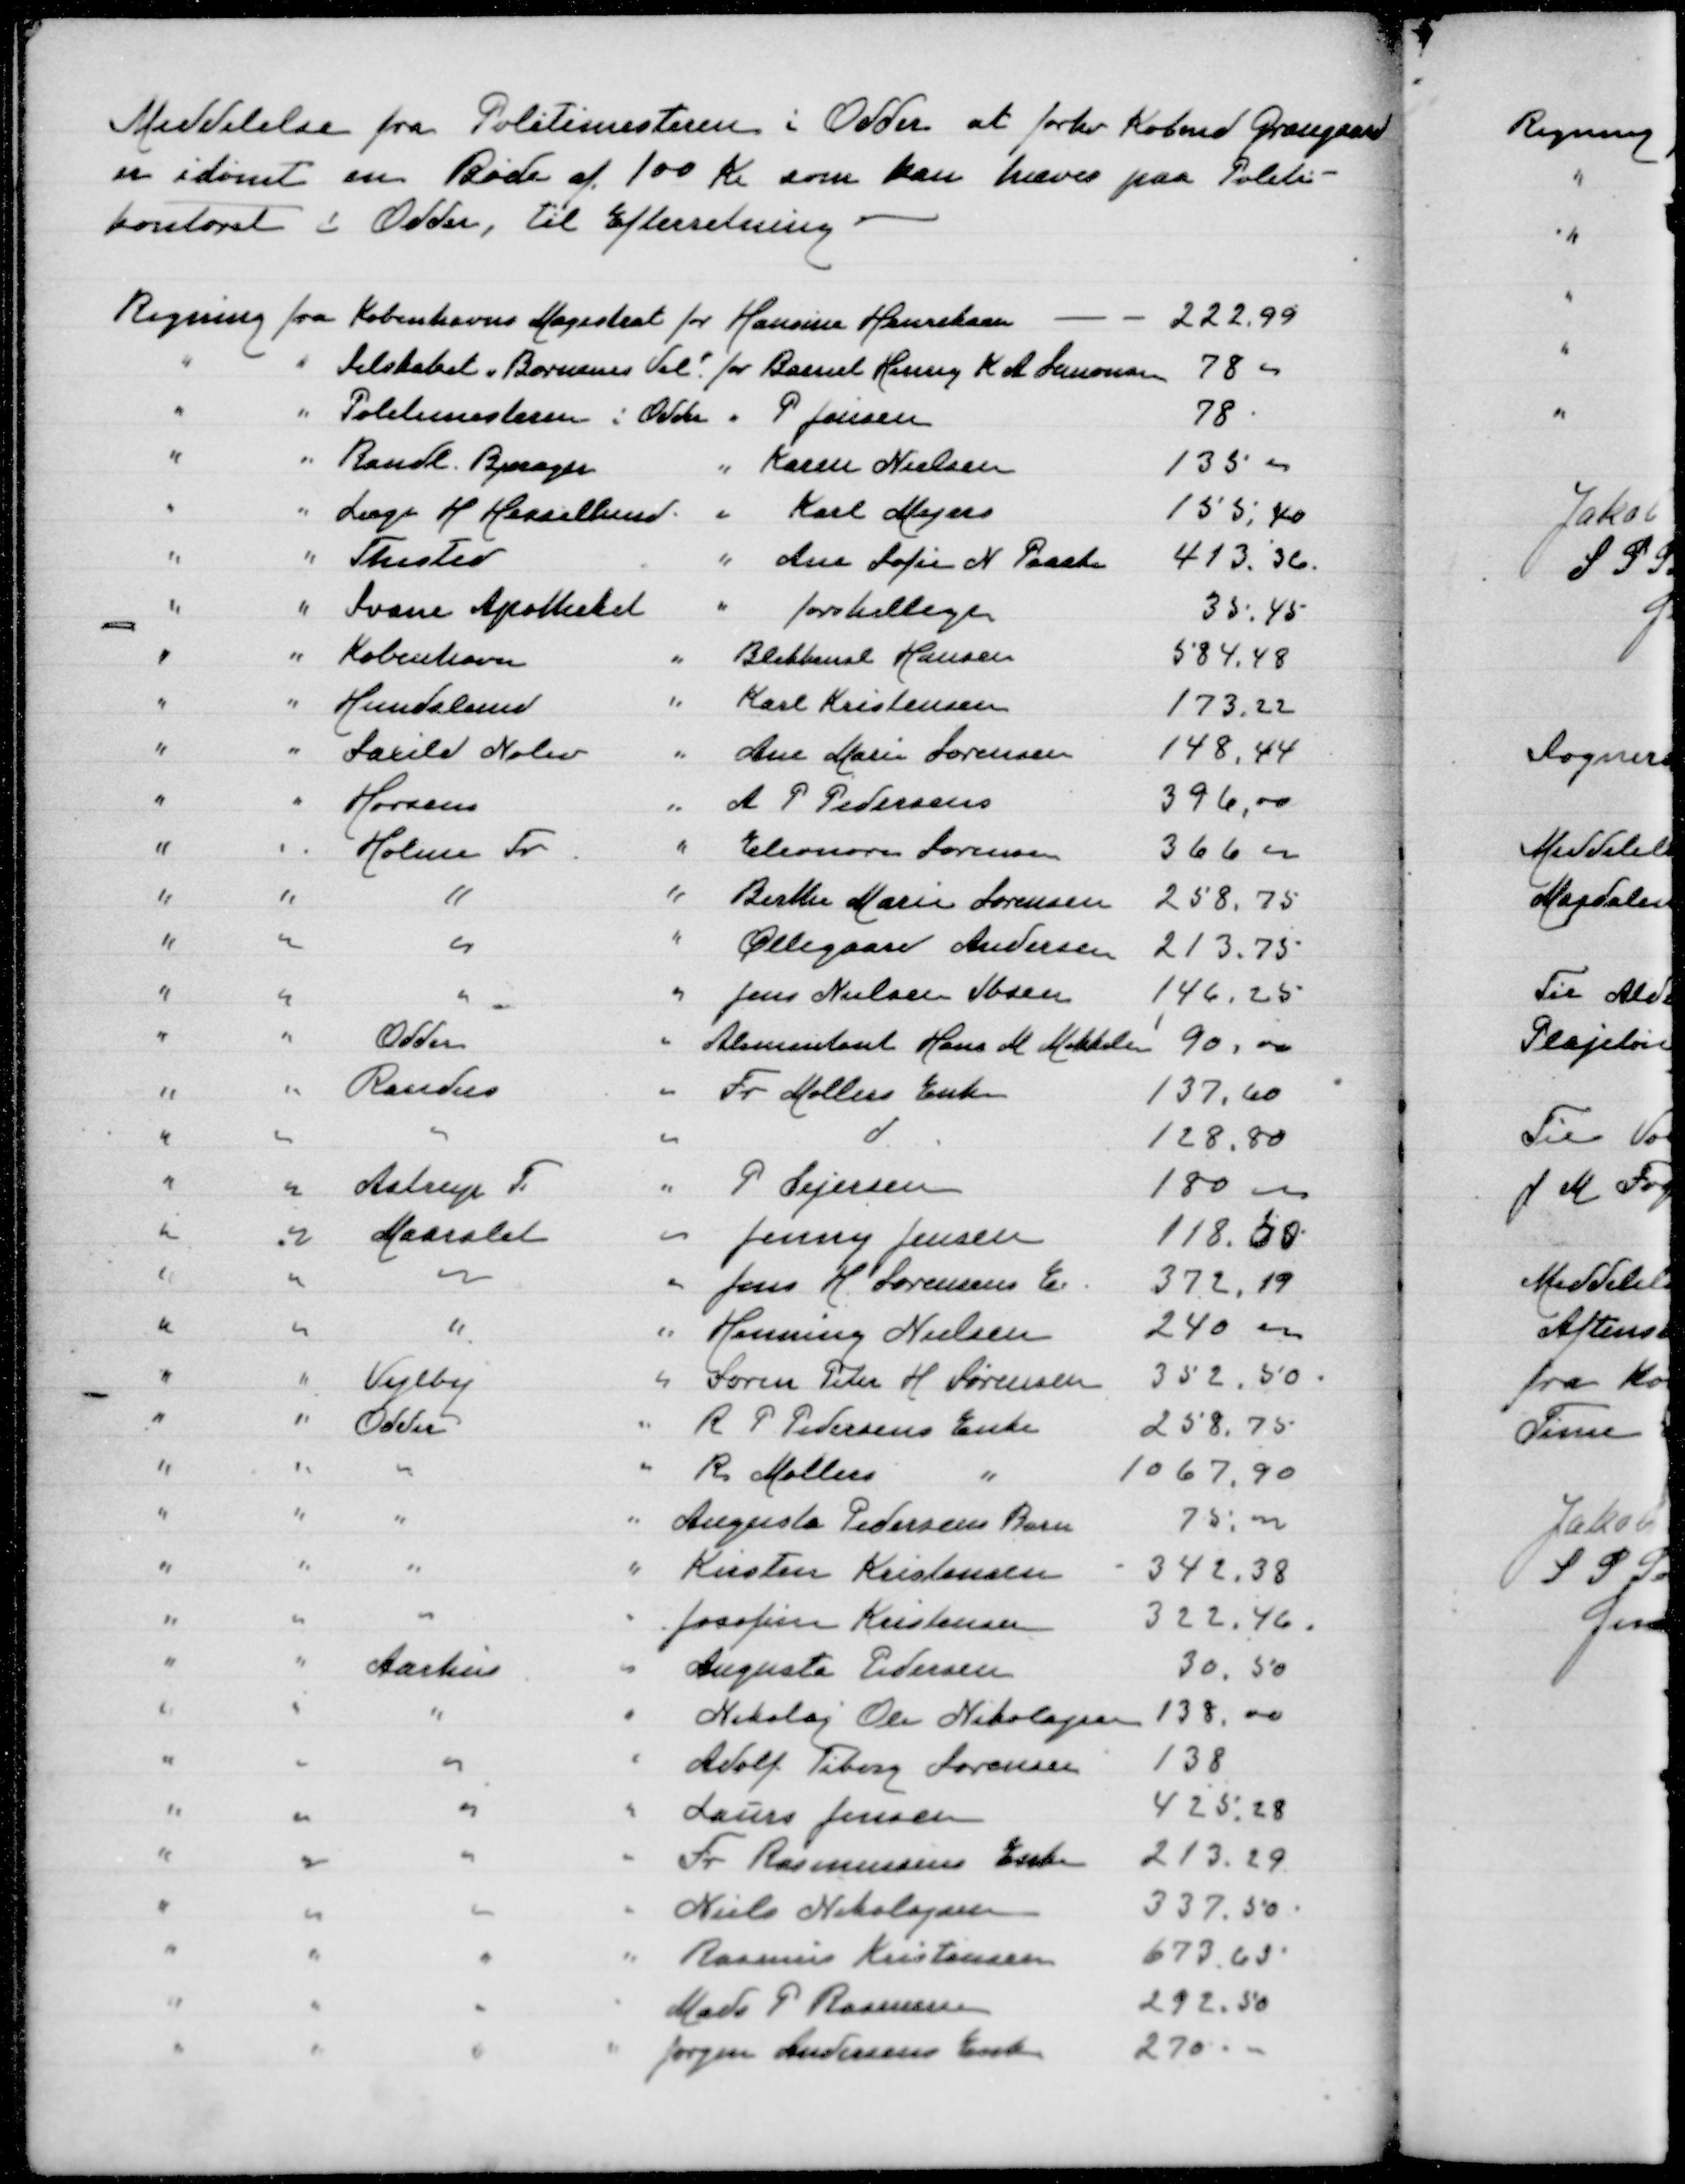
Transskription:
Meddelelse fra Politimesteren i Odder at forhv Købmd Graugaard
er idømt en Bøde af 100 Kr som kan hæves paa Politi-
kontoret i Odder, til Efterretning

Regning fra Københavns Magistrat for Hansine Henriksen - - 222,99
" " Selskabet "Børnenes Vel" for Barnet Heny K A Laursen 78,00
" " Politimestren i Odder " P Jensen 78
" " Randl Bjerager " Karen Nielsen 135,00
" " Læge H Hessellund " Karl Mejers 155,40
" " Thisted " Ane Sofie N Paaske 413,36
" " Svane Apotheket " forskellige 35,45
" " København " Blikkensl Hansen 584,48
" " Hundslund " Karl Kristensen 173,22
" " Saxils Nølev " Ane Marie Sørensen 148,44
" " Horsens " A P Pedersens 396,00
" " Holme Tr " Eleonora Sørensen 366,00
" " " " Birthe Marie Sørensen 258,75
" " " " Øllegaard Andersen 213,75
" " " " Jens Nielsens v barn 146,25
" " Odder " Alimentant Hans M Mikkelsen 90,00
" " Randers " Fr Møllers Enke 137,60
" " " " d 128,80
" " Astrup T " P Sejersen 180,00
" " Maarslet " Jenny Jensen
" " " " Jens H Sørensens E 379,19
" " " " Henning Nielsen 240,00
" " Vejlby " Søren Peter H Sørensen 352,50
" " Odder " R P Pedersens Enke 258,75
" " " " R Møllers " 1067,90
" " " " Augusta Pedersens Barn 75,00
" " " " Kirsten Kristensen 342,38
" " " " Josefine Kristensen 322,46
" " Aarhus " Augusta Pedersen 30,50
" " " " Nikolaj Ole Nikolajsen 138,00
" " " " Adold Tiborg Sørensen 138
" " " " Laurs Jensen 425,28
" " " " Fr Rasmussens Enke 212,29
" " " " Niels Nikolajsen 337,50
" " " " Rasmus Kristensen 673,65
" " " " Mads P Rasmussen 292,50
" " " " Jørgen Andreasens Enke 270